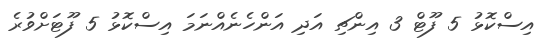
އިސްކޮޅު 5 ފޫޓް 3 އިންޗި އަދި އަންހެނެއްނަމަ އިސްކޮޅު 5 ފޫޓަށްވުރެ